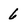
Character: 6